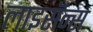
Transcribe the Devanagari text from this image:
लाइसॅन्स